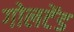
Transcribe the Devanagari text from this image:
गोलटेंड